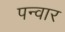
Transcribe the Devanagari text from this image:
पन्वार